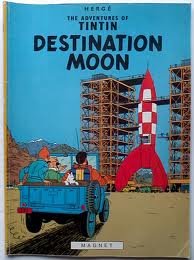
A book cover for Destination Moon (The Adventures of Tintin); Herge; Teen & Young Adult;